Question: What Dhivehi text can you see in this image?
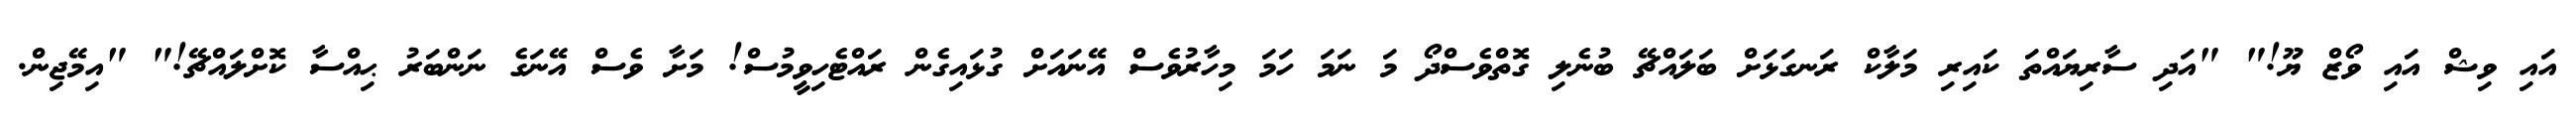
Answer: އައި ވިޝް އައި ވޯޒް ޔޫ!" "އަދި ސާރިޔައްތަ ކައިރި މަލާކް ރަނގަޅަށް ބަލައްޗޭ ބުނެލި ގޮތްވެސްދޯ މަ ނަމަ ހަމަ މިހާރުވެސް އޭނައަށް ގުޅައިގެން ރައްޓެހިވީމުސް! މަށާ ވެސް އޭނަގެ ނަންބަރު ޙިއްސާ ކޮށްލައްޗޭ!" "އިމޭޖިން.